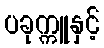
ပခုက္ကူနှင့်